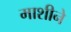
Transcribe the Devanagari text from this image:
माशीने